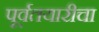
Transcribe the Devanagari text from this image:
पूर्वतयारीचा